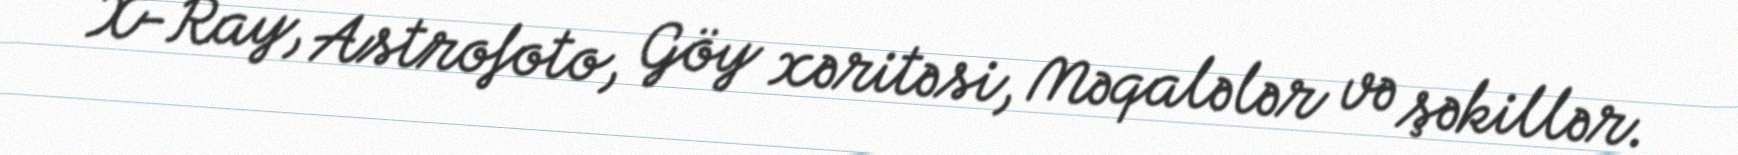
X-Ray, Astrofoto, Göy xəritəsi, Məqalələr və şəkillər.